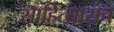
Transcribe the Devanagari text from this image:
साहित्यासच